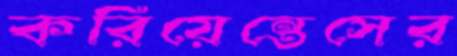
করিয়েন্তেসের